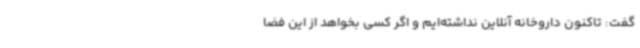
گفت: تاکنون داروخانه آنلاین نداشته‌ایم و اگر کسی بخواهد از این فضا